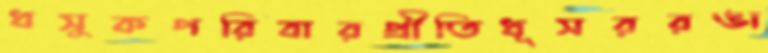
ধসুকপরিবারপ্রীতিধূসররঙা